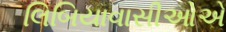
લિબિયાવાસીઓએ